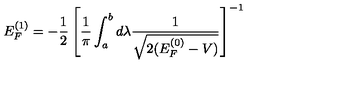
E _ { F } ^ { ( 1 ) } = - \frac { 1 } { 2 } \left[ \frac { 1 } { \pi } \int _ { a } ^ { b } d \lambda \frac { 1 } { \sqrt { 2 ( E _ { F } ^ { ( 0 ) } - V ) } } \right] ^ { - 1 }